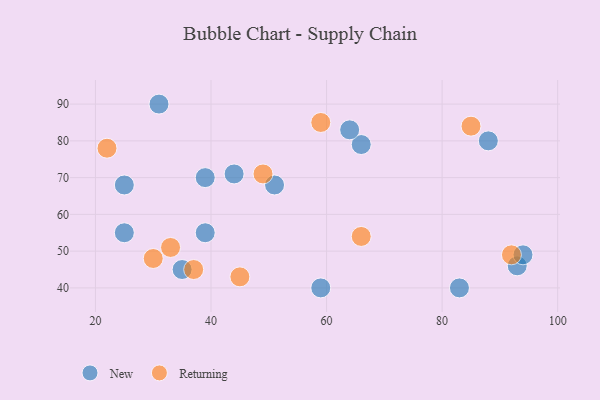
{"axis": {"x": "GDP", "y": "Life Expectancy"}, "legend": ["New", "Returning"], "data": [{"x": "88", "y": 80, "type": "New"}, {"x": "93", "y": 46, "type": "New"}, {"x": "39", "y": 55, "type": "New"}, {"x": "51", "y": 68, "type": "New"}, {"x": "39", "y": 70, "type": "New"}, {"x": "59", "y": 40, "type": "New"}, {"x": "83", "y": 40, "type": "New"}, {"x": "35", "y": 45, "type": "New"}, {"x": "66", "y": 79, "type": "New"}, {"x": "31", "y": 90, "type": "New"}, {"x": "25", "y": 68, "type": "New"}, {"x": "25", "y": 55, "type": "New"}, {"x": "64", "y": 83, "type": "New"}, {"x": "44", "y": 71, "type": "New"}, {"x": "94", "y": 49, "type": "New"}, {"x": "30", "y": 48, "type": "Returning"}, {"x": "59", "y": 85, "type": "Returning"}, {"x": "49", "y": 71, "type": "Returning"}, {"x": "45", "y": 43, "type": "Returning"}, {"x": "66", "y": 54, "type": "Returning"}, {"x": "92", "y": 49, "type": "Returning"}, {"x": "37", "y": 45, "type": "Returning"}, {"x": "33", "y": 51, "type": "Returning"}, {"x": "22", "y": 78, "type": "Returning"}, {"x": "85", "y": 84, "type": "Returning"}]}